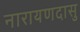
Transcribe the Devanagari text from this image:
नारायणदासु